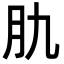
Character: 肍